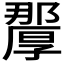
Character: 𭆗